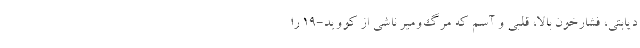
دیابتی، فشارخون بالا، قلبی و آسم که مرگ‌ومیر ناشی از کووید-۱۹ را